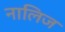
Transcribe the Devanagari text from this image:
नालिज